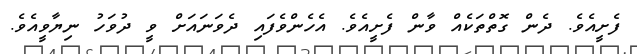
ފެށީއެވެ. ދެން ގޮތްތަކެއް ވާން ފެށީއެވެ. އެހެންވެފައި ދެވަނައަށް ވީ ދުވަހު ނިޔާވީއެވެ.